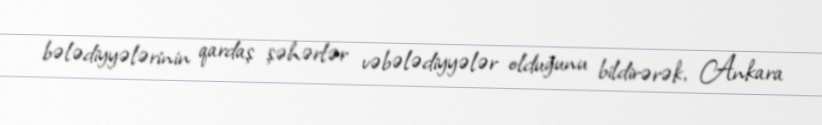
bələdiyyələrinin qardaş şəhərlər vəbələdiyyələr olduğunu bildirərək, Ankara